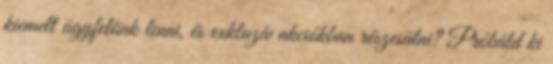
kiemelt ügyfelünk lenni, és exkluzív akciókban részesülni? Próbáld ki